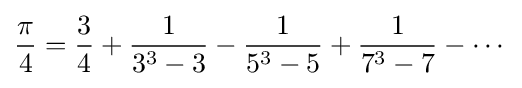
{\frac {\pi }{4}}={\frac {3}{4}}+{\frac {1}{3^{3}-3}}-{\frac {1}{5^{3}-5}}+{\frac {1}{7^{3}-7}}-\cdots